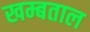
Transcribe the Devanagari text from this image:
खम्बताल